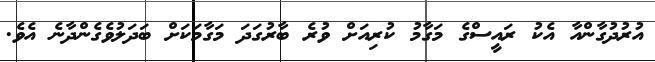
އުރުދުގާންއާ އެކު ރައީސްގެ މަގާމު ކުރިއަށް ވުރެ ބާރުގަދަ މަގާމަކަށް ބަދަލުވެގެންދާނެ އެވެ.